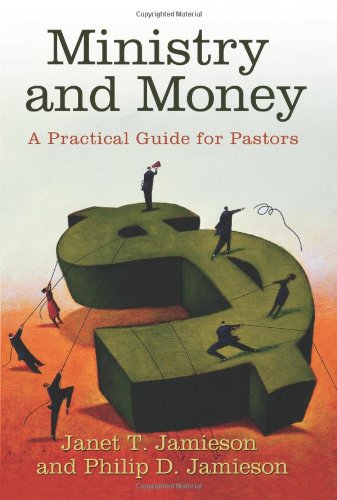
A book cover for Ministry and Money: A Practical Guide for Pastors; Janet T. Jamieson; Religion & Spirituality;